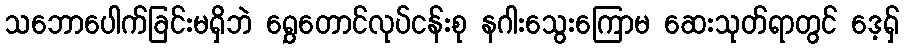
သဘောပေါက်ခြင်းမရှိဘဲ ရွှေတောင်လုပ်ငန်းစု နဂါးသွေးကြောမ ဆေးသုတ်ရာတွင် ဒေ့ရှ်